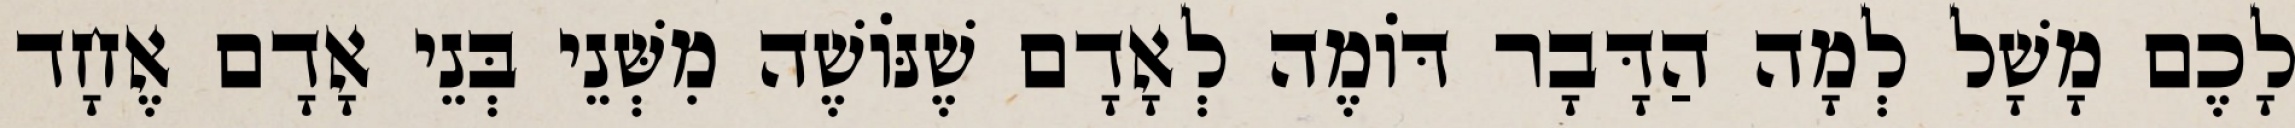
לָכֶם מָשָׁל לְמָה הַדָּבָר דּוֹמֶה לְאָדָם שֶׁנּוֹשֶׁה מִשְּׁנֵי בְּנֵי אָדָם אֶחָד